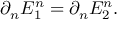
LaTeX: \partial _ { n } E _ { 1 } ^ { n } = \partial _ { n } E _ { 2 } ^ { n } .